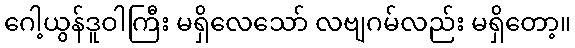
ဂေါ့ယွန်ဒူဝါကြီး မရှိလေသော် လဗျဂမ်လည်း မရှိတော့။